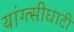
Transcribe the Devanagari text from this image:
यांग्त्सीघाटी